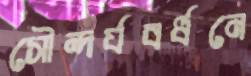
সৌন্দর্যবর্ধনে